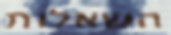
השאלות